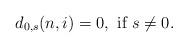
LaTeX: \begin{align*}d_{0,s}(n,i)=0,\mbox{ if }s\ne 0.\end{align*}